Indian journal of veterinary science and animal husbandry - Volumes 22-23, 1952-1953
Year: 1952
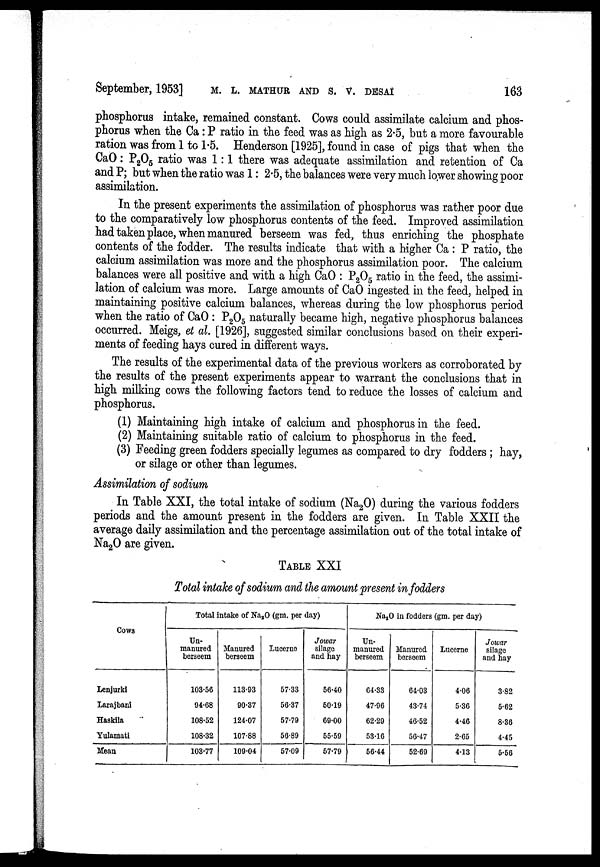
September, 1953]
M.L.
MATHUR
AND
S.
V.
DESAI
163
phosphorus intake, remained constant. Cows could assimilate calcium and phos-
phorus when the Ca: P ratio in the feed was as high as 2.5, but a more favourable
ration was from 1 to 1.5. Henderson [1925], found in case of pigs that when the
CaO: P 2 O 5 ratio was 1:1 there was adequate assimilation and retention of Ca
and P; but when the ratio was 1 : 2.5, the balances were very much lower showing poor
assimilation.
In the present experiments the assimilation of phosphorus was rather poor due
to the comparatively low phosphorus contents of the feed. Improved assimilation
had taken place, when manured berseem was fed, thus enriching the phosphate
contents of the fodder. The results indicate that with a higher Ca : P ratio, the
calcium assimilation was more and the phosphorus assimilation poor. The calcium
balances were all positive and with a high CaO : P 2 O 5 ratio in the feed, the assimi-
lation of calcium was more. Large amounts of CaO ingested in the feed, helped in
maintaining positive calcium balances, whereas during the low phosphorus period
when the ratio of CaO : P 2 O 5 naturally became high, negative phosphorus balances
occurred. Meigs, et al. [1926], suggested similar conclusions based on their experi-
ments of feeding hays cured in different ways.
The results of the experimental data of the previous workers as corroborated by
the results of the present experiments appear to warrant the conclusions that in
high milking cows the following factors tend to reduce the losses of calcium and
phosphorus.
(1) Maintaining high intake of calcium and phosphorus in the feed.
(2) Maintaining suitable ratio of calcium to phosphorus in the feed.
(3) Feeding green fodders specially legumes as compared to dry fodders ; hay,
or silage or other than legumes.
Assimilation of sodium
In Table XXI, the total intake of sodium (Na 2 O) during the various fodders
periods and the amount present in the fodders are given. In Table XXII the
average daily assimilation and the percentage assimilation out of the total intake of
Na 2 O are given.
TABLE XXI
Total intake of sodium and the amount present in fodders
Cows
Lenjurki
Larajbani
Haskila
Yulamati
Mean
Total intake of Na 2 O (gm. per day)
Un-
manured
berseem
103.56
94.68
108.52
108.32
103.77
Manured
berseem
113.93
90.37
124.07
107.88
109.04
Lucerne
57.33
56.37
57.79
56.89
57.09
Jowar
silage
and hay
56.40
50.19
69.00
55.59
57.79
Na 2 O in fodders (gm. per day)
Un-
manured
berseem
64.33
47.96
62.29
53.16
56.44
Manured
berseem
64.03
43.74
46.52
56.47
52.69
Lucerne
4.06
5.36
4.46
2.65
4.13
Jowar
silage
and hay
3.82
5.62
8.36
4.45
5.56